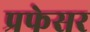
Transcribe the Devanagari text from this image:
प्रफेसर